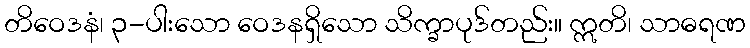
တိဝေဒနံ၊ ၃-ပါးသော ဝေဒနရှိသော သိက္ခာပုဒ်တည်း။ ဣတိ၊ သာဓရဏ